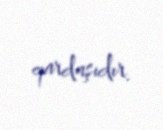
qardaşıdır.